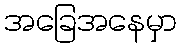
အခြေအနေမှာ